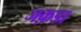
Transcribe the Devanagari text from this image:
जक़डा